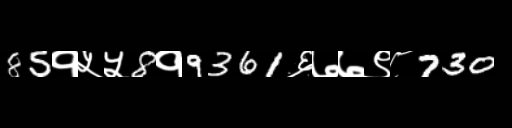
Text: 85१५५8१9361६७७९८730